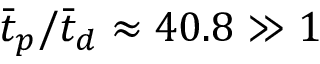
\bar { t } _ { p } / \bar { t } _ { d } \approx 4 0 . 8 \gg 1